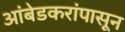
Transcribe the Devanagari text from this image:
आंबेडकरांपासून